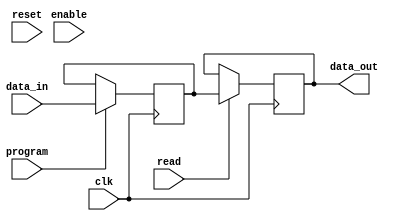
module memory_block(
    input wire clk,
    input wire reset,
    input wire enable,
    input wire program,
    input wire read,
    input wire [31:0] data_in,
    output reg [31:0] data_out
);

// Memory block components
reg [31:0] memory_data;
reg [31:0] anti_fuses;

// Sense amplifier for reading stored data
always @(posedge clk) begin
    if(read) begin
        data_out <= memory_data;
    end
end

// Programming of anti-fuses
always @(posedge clk) begin
    if(program) begin
        memory_data <= data_in;
        anti_fuses <= 32'hFFFFFFFF; // Blow all anti-fuses to create closed circuits
    end
end

endmodule